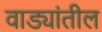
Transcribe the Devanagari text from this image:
वाड्यांतील